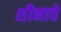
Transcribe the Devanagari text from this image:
शीनावे